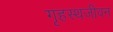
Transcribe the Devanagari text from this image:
गृहस्थजीवन